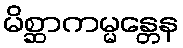
မိစ္ဆာကမ္မန္တေန